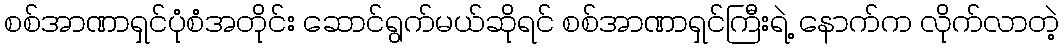
စစ်အာဏာရှင်ပုံစံအတိုင်း ဆောင်ရွက်မယ်ဆိုရင် စစ်အာဏာရှင်ကြီးရဲ့ နောက်က လိုက်လာတဲ့